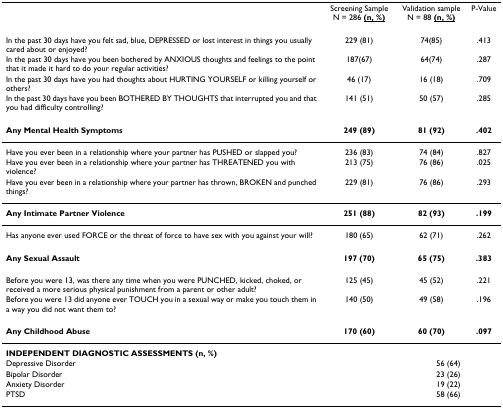
<table><thead><tr><td></td><td><b>Screening Sample N = 286 <underline>(n, %)</underline></b></td><td><b>Validation sample N = 88 <underline>(n, %)</underline></b></td><td><b>P-Value</b></td></tr></thead><tbody><tr><td>In the past 30 days have you felt sad, blue, DEPRESSED or lost interest in things you usually cared about or enjoyed?</td><td>229 (81)</td><td>74(85)</td><td>.413</td></tr><tr><td>In the past 30 days have you been bothered by ANXIOUS thoughts and feelings to the point that it made it hard to do your regular activities?</td><td>187(67)</td><td>64(74)</td><td>.287</td></tr><tr><td>In the past 30 days have you had thoughts about HURTING YOURSELF or killing yourself or others?</td><td>46 (17)</td><td>16 (18)</td><td>.709</td></tr><tr><td>In the past 30 days have you been BOTHERED BY THOUGHTS that interrupted you and that you had difficulty controlling?</td><td>141 (51)</td><td>50 (57)</td><td>.285</td></tr><tr><td><b>Any Mental Health Symptoms</b></td><td><b>249 (89)</b></td><td><b>81 (92)</b></td><td><b>.402</b></td></tr><tr><td>Have you ever been in a relationship where your partner has PUSHED or slapped you?</td><td>236 (83)</td><td>74 (84)</td><td>.827</td></tr><tr><td>Have you ever been in a relationship where your partner has THREATENED you with violence?</td><td>213 (75)</td><td>76 (86)</td><td>.025</td></tr><tr><td>Have you ever been in a relationship where your partner has thrown, BROKEN and punched things?</td><td>229 (81)</td><td>76 (86)</td><td>.293</td></tr><tr><td><b>Any Intimate Partner Violence</b></td><td><b>251 (88)</b></td><td><b>82 (93)</b></td><td><b>.199</b></td></tr><tr><td>Has anyone ever used FORCE or the threat of force to have sex with you against your will?</td><td>180 (65)</td><td>62 (71)</td><td>.262</td></tr><tr><td><b>Any Sexual Assault</b></td><td><b>197 (70)</b></td><td><b>65 (75)</b></td><td><b>.383</b></td></tr><tr><td>Before you were 13, was there any time when you were PUNCHED, kicked, choked, or received a more serious physical punishment from a parent or other adult?</td><td>125 (45)</td><td>45 (52)</td><td>.221</td></tr><tr><td>Before you were 13 did anyone ever TOUCH you in a sexual way or make you touch them in a way you did not want them to?</td><td>140 (50)</td><td>49 (58)</td><td>.196</td></tr><tr><td><b>Any Childhood Abuse</b></td><td><b>170 (60)</b></td><td><b>60 (70)</b></td><td><b>.097</b></td></tr><tr><td colspan="4"><b>INDEPENDENT DIAGNOSTIC ASSESSMENTS (n, %)</b></td></tr><tr><td colspan="2">Depressive Disorder</td><td colspan="2">56 (64)</td></tr><tr><td colspan="2">Bipolar Disorder</td><td colspan="2">23 (26)</td></tr><tr><td colspan="2">Anxiety Disorder</td><td colspan="2">19 (22)</td></tr><tr><td colspan="2">PTSD</td><td colspan="2">58 (66)</td></tr></tbody></table>